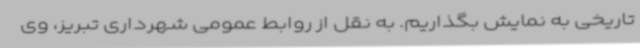
تاریخی به نمایش بگذاریم. به نقل از روابط عمومی شهرداری تبریز، وی